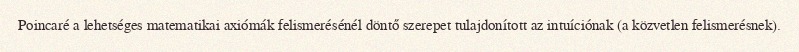
Poincaré a lehetséges matematikai axiómák felismerésénél döntő szerepet tulajdonított az intuíciónak (a közvetlen felismerésnek).